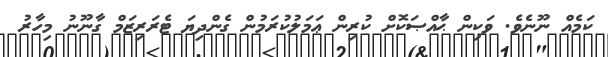
ކަމެއް ނޫނެވެ. ވަކިން ޙާއްޞަކޮށް ކުރިން ޢަމަލުކުރަމުން ގެންދިޔަ ޓެރަރިޒަމް ގާނޫނު މިހާރު